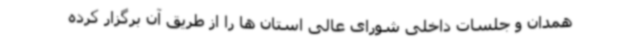
همدان و جلسات داخلی شورای عالی استان ها را از طریق آن برگزار کرده